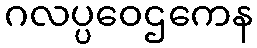
ဂလပ္ပဝေဌကေန